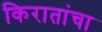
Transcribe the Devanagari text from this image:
किरातांचा